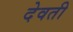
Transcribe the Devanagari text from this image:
देवती